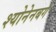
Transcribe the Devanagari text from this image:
श्योनेनबर्ग